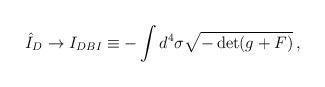
LaTeX: \begin{align*}\hat I_D \rightarrow I_{DBI} \equiv - \int d^4 \sigma \sqrt{- \det (g + F) } \,, \end{align*}